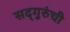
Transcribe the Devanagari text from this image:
सद्‍गुरुंची